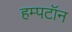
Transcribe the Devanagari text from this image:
हम्पटॉन